Trukikaitis_Postimees, lk 47
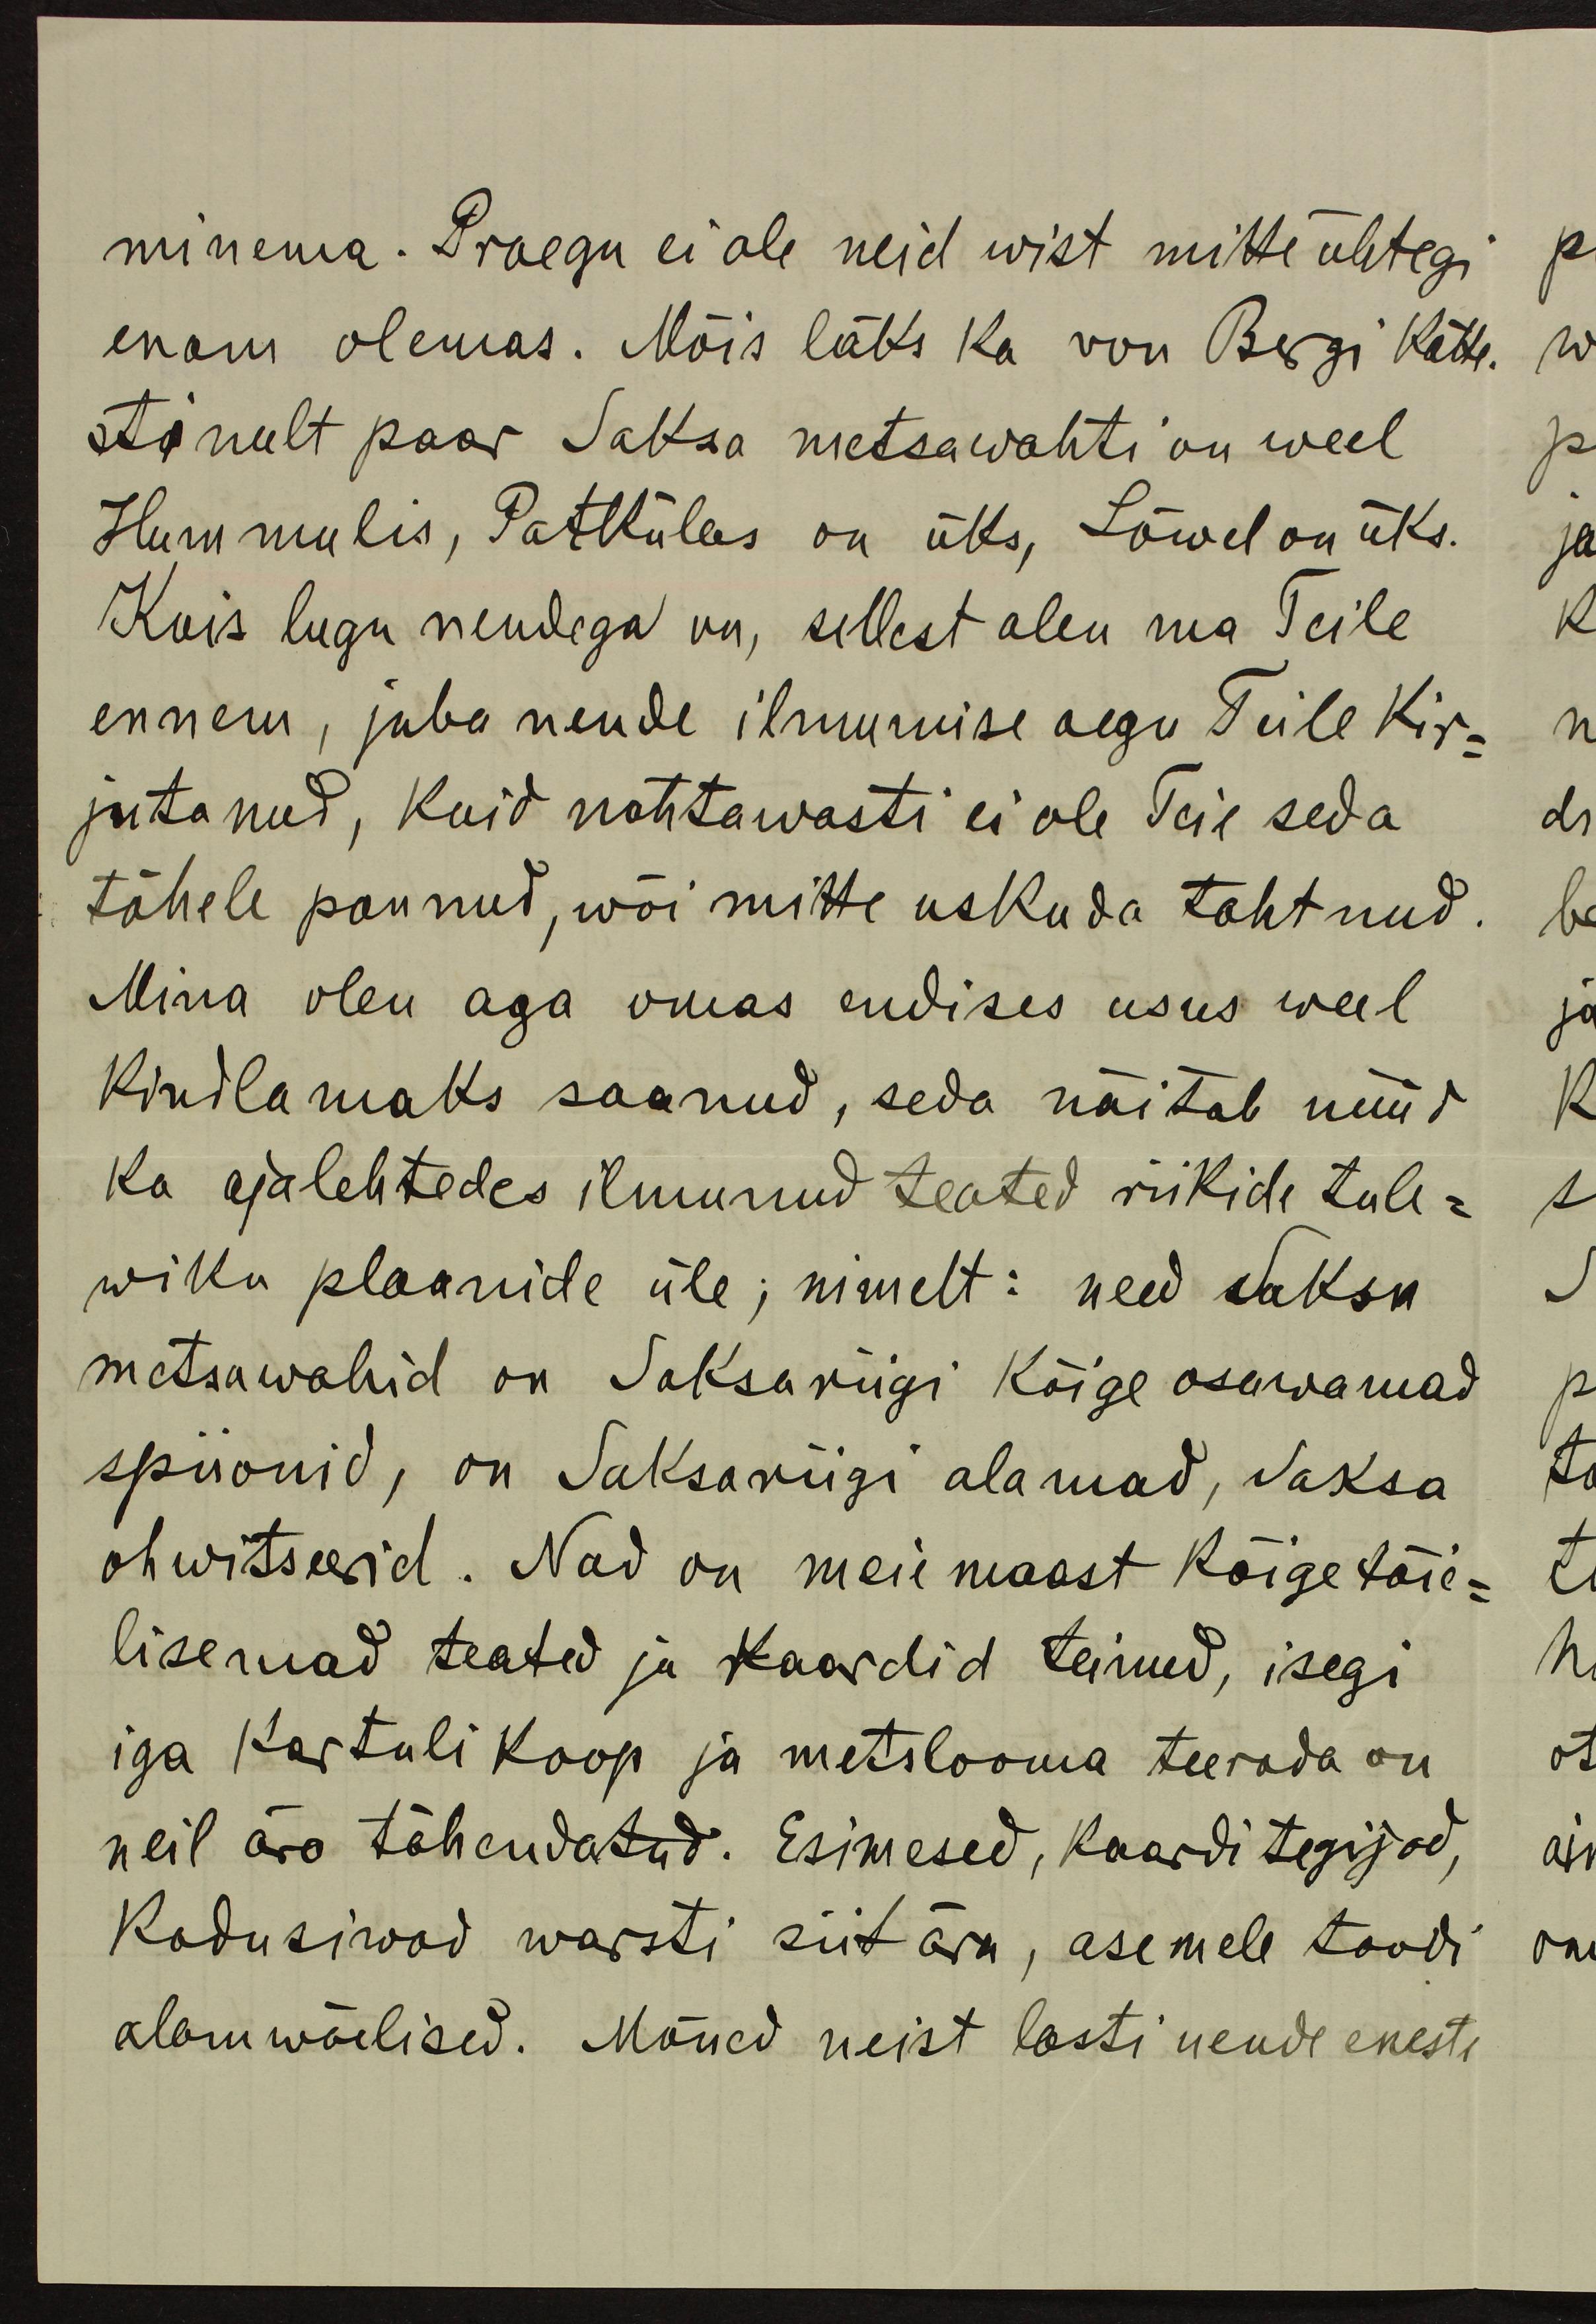
minema. Praegu ei ole neid wist mitte ühtegi
enam olemas. Mõis läks ka von Bergi kätte.
Ainult paar Saksa metsawahti on weel
Hummulis, Patkülas on üks, Lõwel on üks.
Kuis lugu nendega on, sellest olen ma Teile
ennem, juba nende ilmumise aegu Teile kir-
jutanud, kuid nahtawasti ei ole Teie seda
tähele pannud, wõi mitte uskuda tahtnud.
Mina olen aga omas endises usus weel
kindlamaks saanud, seda näitab nüüd
ka ajalehtedes ilmunud teated riikide tule-
wiku plaanide üle, nimelt: need Saksa
metsawahid on Saksariigi kõige osawamad
spiionid, on Saksariigi alamad, Saksa
ohwitserid. Nad on meie maast kõige täie-
lisemad teated ja kaardid teinud, isegi
iga kartuli koop ja metslooma teerada on
neil ära tähendatud. Esimesed, kaarditegijad,
kadusiwad warsti siit ära, asemele toodi
alamwäelised. Mõned neist lasti nende eneste